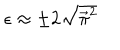
LaTeX: \epsilon \approx \pm 2 \sqrt { { \vec { \pi } } ^ { 2 } }